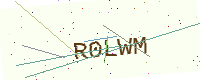
Text: R0LWM